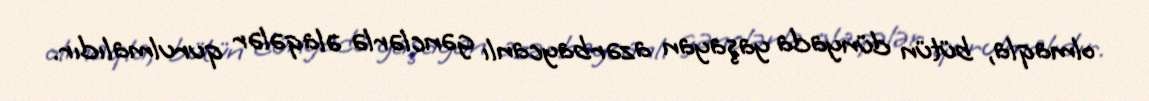
olmaqla, bütün dünyada yaşayan azərbaycanlı gənclərlə əlaqələr qurulmalıdır.